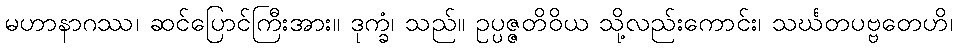
မဟာနာဂဿ၊ ဆင်ပြောင်ကြီးအား။ ဒုက္ခံ၊ သည်။ ဥပ္ပဇ္ဇတိဝိယ သို့လည်းကောင်း၊ သင်္ဃတပဗ္ဗတေဟိ၊